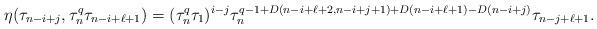
LaTeX: \begin{align*} \eta(\tau_{n-i+j}, \tau_n^q\tau_{n-i+\ell+1})=(\tau_n^q\tau_1)^{i-j}\tau_n^{q-1+D(n-i+\ell+2, n-i+j+1)+D(n-i+\ell+1)-D(n-i+j)}\tau_{n-j+\ell+1}. \end{align*}